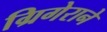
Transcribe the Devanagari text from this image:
ग्रिगेराने